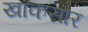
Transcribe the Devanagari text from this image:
खाकसार